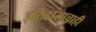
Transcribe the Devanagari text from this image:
इतिहासाचाही